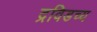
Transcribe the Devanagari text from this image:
द्रविडच्य